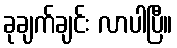
ခုချက်ချင်း လာပါပြီ။